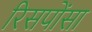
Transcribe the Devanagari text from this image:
रिसपोंसा